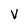
Character: V